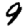
Digit: 9